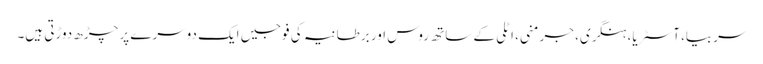
سربیا، آسٹریا، ہنگری، جرمنی، اٹلی کے ساتھ روس اور برطانیہ کی فوجیں ایک دوسرے پر چڑھ دوڑتی ہیں۔